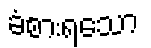
ခံစားရသော